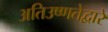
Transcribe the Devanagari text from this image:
अतिउष्णतेद्वारे